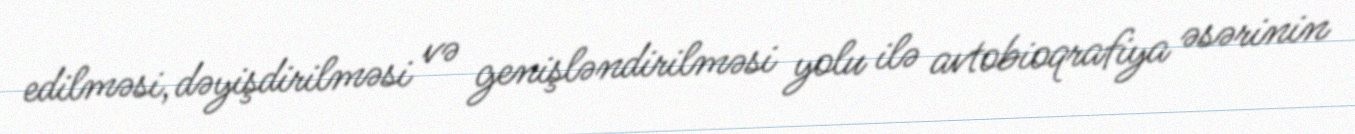
edilməsi, dəyişdirilməsi və genişləndirilməsi yolu ilə avtobioqrafiya əsərinin